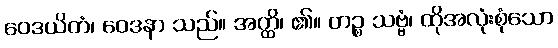
ဝေဒယိတံ၊ ဝေဒနာ သည်။ အတ္ထိ၊ ၏။ တဉ္စ သဗ္ဗံ၊ ထိုအလုံးစုံသော